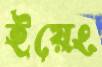
ইয়েং